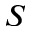
S